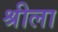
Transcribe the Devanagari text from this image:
श्रीला